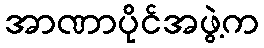
အာဏာပိုင်အဖွဲ့က